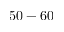
5 0 - 6 0